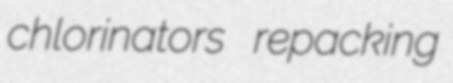
chlorinators repacking